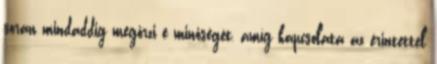
során mindaddig megőrzi e minőségét, amíg kapcsolata az érintettel